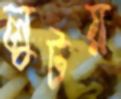
লুটয়